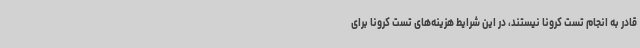
قادر به انجام تست کرونا نیستند، در این شرایط هزینه‌های تست کرونا برای